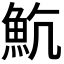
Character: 𩵸